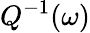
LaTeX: Q^{-1}(\omega)